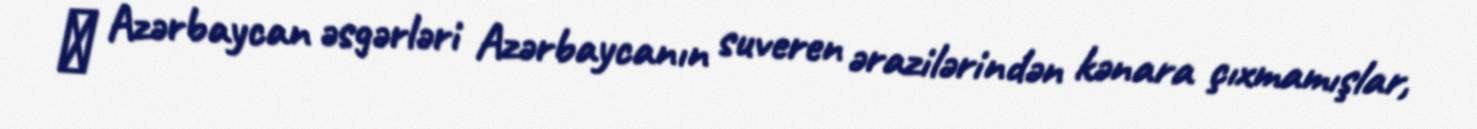
♦ Azərbaycan əsgərləri Azərbaycanın suveren ərazilərindən kənara çıxmamışlar,